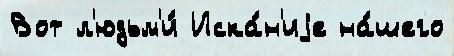
Вот л'юдьм'и́ Иска́н'иjе на́шего